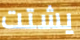
يشتت